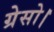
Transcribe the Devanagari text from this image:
ग्रेसो।